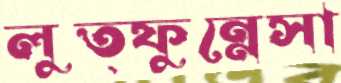
লুত্ফুন্নেসা